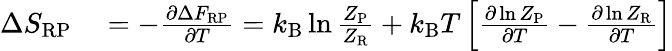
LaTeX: \begin{array}{rl}{\Delta S_{\mathrm{RP}}}&{{}=-\frac{\partial\Delta F_{\mathrm{RP}}}{\partial T}=k_{\mathrm{B}}\ln\frac{Z_{\mathrm{P}}}{Z_{\mathrm{R}}}+k_{\mathrm{B}}T\left[\frac{\partial\ln Z_{\mathrm{P}}}{\partial T}-\frac{\partial\ln Z_{\mathrm{R}}}{\partial T}\right]}\end{array}